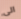
الى